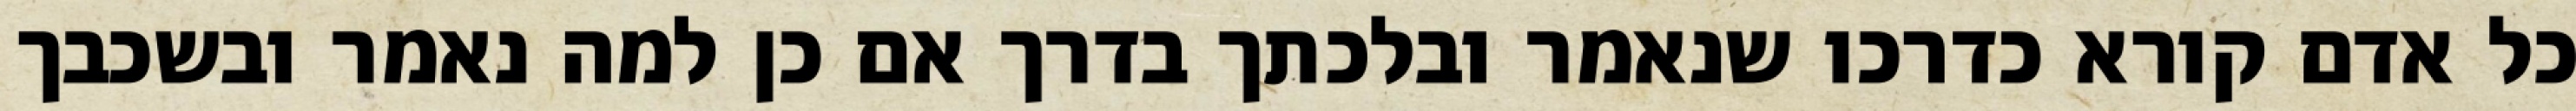
כל אדם קורא כדרכו שנאמר ובלכתך בדרך אם כן למה נאמר ובשכבך